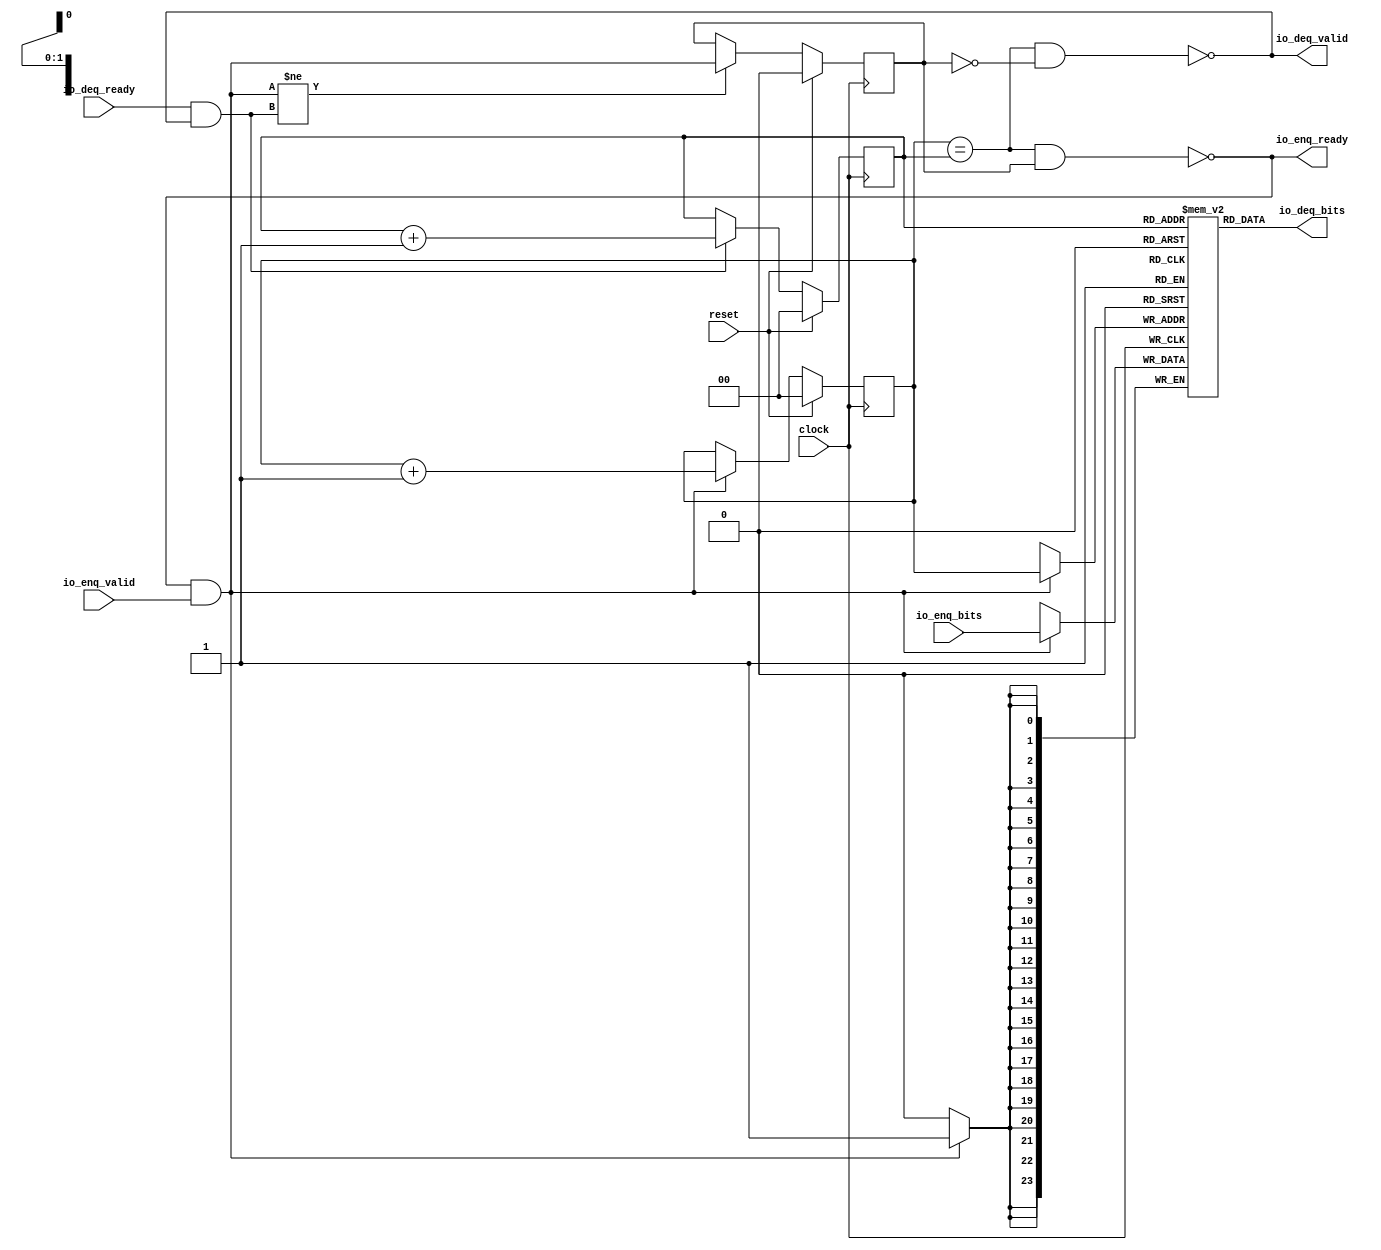
/*
//Copyright 2021 S SIVA PRASAD ssprasad12a@gmail.com

Permission is hereby granted, free of charge, to any person obtaining a copy of this software and associated documentation files (the "Software"), to deal in the Software without restriction, including without limitation the rights to use, copy, modify, merge, publish, distribute, sublicense, and/or sell copies of the Software, and to permit persons to whom the Software is furnished to do so, subject to the following conditions:

The above copyright notice and this permission notice shall be included in all copies or substantial portions of the Software.

THE SOFTWARE IS PROVIDED "AS IS", WITHOUT WARRANTY OF ANY KIND, EXPRESS OR IMPLIED, INCLUDING BUT NOT LIMITED TO THE WARRANTIES OF MERCHANTABILITY, FITNESS FOR A PARTICULAR PURPOSE AND NONINFRINGEMENT. IN NO EVENT SHALL THE AUTHORS OR COPYRIGHT HOLDERS BE LIABLE FOR ANY CLAIM, DAMAGES OR OTHER LIABILITY, WHETHER IN AN ACTION OF CONTRACT, TORT OR OTHERWISE, ARISING FROM, OUT OF OR IN CONNECTION WITH THE SOFTWARE OR THE USE OR OTHER DEALINGS IN THE SOFTWARE.

*/

module Queue_led( // @[:@3.2]
  input         clock, // @[:@4.4]
  input         reset, // @[:@5.4]
  output        io_enq_ready, // @[:@6.4]
  input         io_enq_valid, // @[:@6.4]
  input  [23:0] io_enq_bits, // @[:@6.4]
  input         io_deq_ready, // @[:@6.4]
  output        io_deq_valid, // @[:@6.4]
  output [23:0] io_deq_bits // @[:@6.4]
);
  reg [23:0] ram [0:3]; // @[Decoupled.scala 214:24:@8.4]
  reg [31:0] _RAND_0;
  wire [23:0] ram__T_63_data; // @[Decoupled.scala 214:24:@8.4]
  wire [1:0] ram__T_63_addr; // @[Decoupled.scala 214:24:@8.4]
  wire [23:0] ram__T_49_data; // @[Decoupled.scala 214:24:@8.4]
  wire [1:0] ram__T_49_addr; // @[Decoupled.scala 214:24:@8.4]
  wire  ram__T_49_mask; // @[Decoupled.scala 214:24:@8.4]
  wire  ram__T_49_en; // @[Decoupled.scala 214:24:@8.4]
  reg [1:0] value; // @[Counter.scala 26:33:@9.4]
  reg [31:0] _RAND_1;
  reg [1:0] value_1; // @[Counter.scala 26:33:@10.4]
  reg [31:0] _RAND_2;
  reg  maybe_full; // @[Decoupled.scala 217:35:@11.4]
  reg [31:0] _RAND_3;
  wire  _T_41; // @[Decoupled.scala 219:41:@12.4]
  wire  _T_43; // @[Decoupled.scala 220:36:@13.4]
  wire  empty; // @[Decoupled.scala 220:33:@14.4]
  wire  _T_44; // @[Decoupled.scala 221:32:@15.4]
  wire  do_enq; // @[Decoupled.scala 37:37:@16.4]
  wire  do_deq; // @[Decoupled.scala 37:37:@19.4]
  wire [2:0] _T_52; // @[Counter.scala 35:22:@26.6]
  wire [1:0] _T_53; // @[Counter.scala 35:22:@27.6]
  wire [1:0] _GEN_5; // @[Decoupled.scala 225:17:@22.4]
  wire [2:0] _T_56; // @[Counter.scala 35:22:@32.6]
  wire [1:0] _T_57; // @[Counter.scala 35:22:@33.6]
  wire [1:0] _GEN_6; // @[Decoupled.scala 229:17:@30.4]
  wire  _T_58; // @[Decoupled.scala 232:16:@36.4]
  wire  _GEN_7; // @[Decoupled.scala 232:28:@37.4]
  assign ram__T_63_addr = value_1;
  assign ram__T_63_data = ram[ram__T_63_addr]; // @[Decoupled.scala 214:24:@8.4]
  assign ram__T_49_data = io_enq_bits;
  assign ram__T_49_addr = value;
  assign ram__T_49_mask = 1'h1;
  assign ram__T_49_en = io_enq_ready & io_enq_valid;
  assign _T_41 = value == value_1; // @[Decoupled.scala 219:41:@12.4]
  assign _T_43 = maybe_full == 1'h0; // @[Decoupled.scala 220:36:@13.4]
  assign empty = _T_41 & _T_43; // @[Decoupled.scala 220:33:@14.4]
  assign _T_44 = _T_41 & maybe_full; // @[Decoupled.scala 221:32:@15.4]
  assign do_enq = io_enq_ready & io_enq_valid; // @[Decoupled.scala 37:37:@16.4]
  assign do_deq = io_deq_ready & io_deq_valid; // @[Decoupled.scala 37:37:@19.4]
  assign _T_52 = value + 2'h1; // @[Counter.scala 35:22:@26.6]
  assign _T_53 = _T_52[1:0]; // @[Counter.scala 35:22:@27.6]
  assign _GEN_5 = do_enq ? _T_53 : value; // @[Decoupled.scala 225:17:@22.4]
  assign _T_56 = value_1 + 2'h1; // @[Counter.scala 35:22:@32.6]
  assign _T_57 = _T_56[1:0]; // @[Counter.scala 35:22:@33.6]
  assign _GEN_6 = do_deq ? _T_57 : value_1; // @[Decoupled.scala 229:17:@30.4]
  assign _T_58 = do_enq != do_deq; // @[Decoupled.scala 232:16:@36.4]
  assign _GEN_7 = _T_58 ? do_enq : maybe_full; // @[Decoupled.scala 232:28:@37.4]
  assign io_enq_ready = _T_44 == 1'h0; // @[Decoupled.scala 237:16:@43.4]
  assign io_deq_valid = empty == 1'h0; // @[Decoupled.scala 236:16:@41.4]
  assign io_deq_bits = ram__T_63_data; // @[Decoupled.scala 238:15:@45.4]
`ifdef RANDOMIZE_GARBAGE_ASSIGN
`define RANDOMIZE
`endif
`ifdef RANDOMIZE_INVALID_ASSIGN
`define RANDOMIZE
`endif
`ifdef RANDOMIZE_REG_INIT
`define RANDOMIZE
`endif
`ifdef RANDOMIZE_MEM_INIT
`define RANDOMIZE
`endif
`ifndef RANDOM
`define RANDOM $random
`endif
`ifdef RANDOMIZE
  integer initvar;
  initial begin
    `ifdef INIT_RANDOM
      `INIT_RANDOM
    `endif
    `ifndef VERILATOR
      `ifdef RANDOMIZE_DELAY
        #`RANDOMIZE_DELAY begin end
      `else
        #0.002 begin end
      `endif
    `endif
  _RAND_0 = {1{`RANDOM}};
  `ifdef RANDOMIZE_MEM_INIT
  for (initvar = 0; initvar < 4; initvar = initvar+1)
    ram[initvar] = _RAND_0[23:0];
  `endif // RANDOMIZE_MEM_INIT
  `ifdef RANDOMIZE_REG_INIT
  _RAND_1 = {1{`RANDOM}};
  value = _RAND_1[1:0];
  `endif // RANDOMIZE_REG_INIT
  `ifdef RANDOMIZE_REG_INIT
  _RAND_2 = {1{`RANDOM}};
  value_1 = _RAND_2[1:0];
  `endif // RANDOMIZE_REG_INIT
  `ifdef RANDOMIZE_REG_INIT
  _RAND_3 = {1{`RANDOM}};
  maybe_full = _RAND_3[0:0];
  `endif // RANDOMIZE_REG_INIT
  end
`endif // RANDOMIZE
  always @(posedge clock) begin
    if(ram__T_49_en & ram__T_49_mask) begin
      ram[ram__T_49_addr] <= ram__T_49_data; // @[Decoupled.scala 214:24:@8.4]
    end
    if (reset) begin
      value <= 2'h0;
    end else begin
      if (do_enq) begin
        value <= _T_53;
      end
    end
    if (reset) begin
      value_1 <= 2'h0;
    end else begin
      if (do_deq) begin
        value_1 <= _T_57;
      end
    end
    if (reset) begin
      maybe_full <= 1'h0;
    end else begin
      if (_T_58) begin
        maybe_full <= do_enq;
      end
    end
  end
endmodule
module QueueModuleled( // @[:@53.2]
  input         clock, // @[:@54.4]
  input         reset, // @[:@55.4]
  output        io_i_ready, // @[:@56.4]
  input         io_i_valid, // @[:@56.4]
  input  [23:0] io_i_bits, // @[:@56.4]
  input         io_o_ready, // @[:@56.4]
  output        io_o_valid, // @[:@56.4]
  output [23:0] io_o_bits // @[:@56.4]
);
  wire  qa_clock; // @[Decoupled.scala 293:21:@58.4]
  wire  qa_reset; // @[Decoupled.scala 293:21:@58.4]
  wire  qa_io_enq_ready; // @[Decoupled.scala 293:21:@58.4]
  wire  qa_io_enq_valid; // @[Decoupled.scala 293:21:@58.4]
  wire [23:0] qa_io_enq_bits; // @[Decoupled.scala 293:21:@58.4]
  wire  qa_io_deq_ready; // @[Decoupled.scala 293:21:@58.4]
  wire  qa_io_deq_valid; // @[Decoupled.scala 293:21:@58.4]
  wire [23:0] qa_io_deq_bits; // @[Decoupled.scala 293:21:@58.4]
  Queue_led qa ( // @[Decoupled.scala 293:21:@58.4]
    .clock(qa_clock),
    .reset(qa_reset),
    .io_enq_ready(qa_io_enq_ready),
    .io_enq_valid(qa_io_enq_valid),
    .io_enq_bits(qa_io_enq_bits),
    .io_deq_ready(qa_io_deq_ready),
    .io_deq_valid(qa_io_deq_valid),
    .io_deq_bits(qa_io_deq_bits)
  );
  assign io_i_ready = qa_io_enq_ready; // @[Decoupled.scala 296:17:@63.4]
  assign io_o_valid = qa_io_deq_valid; // @[queue.scala 17:15:@64.4]
  assign io_o_bits = qa_io_deq_bits; // @[queue.scala 18:15:@65.4]
  assign qa_clock = clock; // @[:@59.4]
  assign qa_reset = reset; // @[:@60.4]
  assign qa_io_enq_valid = io_i_valid; // @[Decoupled.scala 294:22:@61.4]
  assign qa_io_enq_bits = io_i_bits; // @[Decoupled.scala 295:21:@62.4]
  assign qa_io_deq_ready = io_o_ready; // @[queue.scala 19:15:@66.4]
endmodule
module apbled( // @[:@68.2]
  input         clock, // @[:@69.4]
  input         reset, // @[:@70.4]
  input         io_PCLK, // @[:@71.4]
  input         io_PRESETn, // @[:@71.4]
  input  [7:0]  io_PADDR, // @[:@71.4]
  input         io_PPROT, // @[:@71.4]
  input         io_PSEL, // @[:@71.4]
  input         io_PENABLE, // @[:@71.4]
  input         io_PWRITE, // @[:@71.4]
  input  [31:0] io_PWDATA, // @[:@71.4]
  input  [3:0]  io_PSTRB, // @[:@71.4]
  output        io_PREADY, // @[:@71.4]
  output [31:0] io_PRDATA, // @[:@71.4]
  output        io_PSLVERR, // @[:@71.4]
  output        io_LEDOUT // @[:@71.4]
);
  wire  QueueModuleled_clock; // @[led.scala 43:21:@83.4]
  wire  QueueModuleled_reset; // @[led.scala 43:21:@83.4]
  wire  QueueModuleled_io_i_ready; // @[led.scala 43:21:@83.4]
  wire  QueueModuleled_io_i_valid; // @[led.scala 43:21:@83.4]
  wire [23:0] QueueModuleled_io_i_bits; // @[led.scala 43:21:@83.4]
  wire  QueueModuleled_io_o_ready; // @[led.scala 43:21:@83.4]
  wire  QueueModuleled_io_o_valid; // @[led.scala 43:21:@83.4]
  wire [23:0] QueueModuleled_io_o_bits; // @[led.scala 43:21:@83.4]
  wire  _T_33; // @[led.scala 30:28:@75.4]
  reg  _T_36; // @[led.scala 31:23:@76.4]
  reg [31:0] _RAND_0;
  reg  _T_39; // @[led.scala 32:23:@77.4]
  reg [31:0] _RAND_1;
  reg [31:0] _T_42; // @[led.scala 33:23:@78.4]
  reg [31:0] _RAND_2;
  reg [1:0] _T_50; // @[led.scala 39:21:@82.4]
  reg [31:0] _RAND_3;
  reg [23:0] _T_53; // @[led.scala 45:27:@86.4]
  reg [31:0] _RAND_4;
  reg  _T_56; // @[led.scala 46:27:@87.4]
  reg [31:0] _RAND_5;
  reg  _T_59; // @[led.scala 47:27:@88.4]
  reg [31:0] _RAND_6;
  reg [23:0] _T_62; // @[led.scala 53:21:@92.4]
  reg [31:0] _RAND_7;
  reg [4:0] _T_65; // @[led.scala 55:25:@93.4]
  reg [31:0] _RAND_8;
  reg [7:0] _T_68; // @[led.scala 57:18:@94.4]
  reg [31:0] _RAND_9;
  reg [7:0] _T_71; // @[led.scala 58:18:@95.4]
  reg [31:0] _RAND_10;
  reg [7:0] _T_74; // @[led.scala 59:18:@96.4]
  reg [31:0] _RAND_11;
  reg [7:0] _T_77; // @[led.scala 60:18:@97.4]
  reg [31:0] _RAND_12;
  reg [7:0] _T_80; // @[led.scala 62:23:@98.4]
  reg [31:0] _RAND_13;
  reg [7:0] _T_83; // @[led.scala 63:20:@99.4]
  reg [31:0] _RAND_14;
  wire [8:0] _T_84; // @[led.scala 64:18:@100.4]
  wire [7:0] _T_85; // @[led.scala 64:18:@101.4]
  wire [8:0] _T_86; // @[led.scala 65:18:@102.4]
  wire [7:0] _T_87; // @[led.scala 65:18:@103.4]
  wire  _T_88; // @[led.scala 69:15:@104.4]
  wire  _T_89; // @[led.scala 69:28:@105.4]
  wire  _T_98; // @[led.scala 69:60:@107.4]
  wire  _T_99; // @[led.scala 69:42:@108.4]
  wire [23:0] _T_100; // @[led.scala 70:28:@110.6]
  wire [23:0] _GEN_0; // @[led.scala 69:86:@109.4]
  wire  _T_107; // @[led.scala 77:60:@121.4]
  wire  _T_108; // @[led.scala 77:42:@122.4]
  wire [7:0] _T_109; // @[led.scala 78:25:@124.6]
  wire [7:0] _GEN_2; // @[led.scala 77:87:@123.4]
  wire  _T_113; // @[led.scala 81:60:@130.4]
  wire  _T_114; // @[led.scala 81:42:@131.4]
  wire [7:0] _GEN_3; // @[led.scala 81:87:@132.4]
  wire  _T_119; // @[led.scala 85:60:@139.4]
  wire  _T_120; // @[led.scala 85:42:@140.4]
  wire [7:0] _GEN_4; // @[led.scala 85:87:@141.4]
  wire  _T_125; // @[led.scala 89:60:@148.4]
  wire  _T_126; // @[led.scala 89:42:@149.4]
  wire [7:0] _GEN_5; // @[led.scala 89:87:@150.4]
  wire  _T_129; // @[led.scala 94:19:@154.4]
  wire  _T_130; // @[led.scala 94:16:@155.4]
  wire  _T_132; // @[led.scala 94:33:@156.4]
  wire  _T_133; // @[led.scala 94:30:@157.4]
  wire  _T_135; // @[led.scala 94:63:@159.4]
  wire  _T_136; // @[led.scala 94:45:@160.4]
  wire  _T_139; // @[led.scala 95:32:@162.6]
  wire  _T_141; // @[led.scala 95:52:@163.6]
  wire [30:0] _T_142; // @[Cat.scala 30:58:@164.6]
  wire [31:0] _T_143; // @[Cat.scala 30:58:@165.6]
  wire [31:0] _GEN_6; // @[led.scala 94:89:@161.4]
  wire  _T_147; // @[led.scala 98:28:@170.4]
  wire  _T_149; // @[led.scala 98:61:@172.4]
  wire  _T_150; // @[led.scala 98:43:@173.4]
  wire  _T_151; // @[led.scala 99:26:@175.6]
  wire  _GEN_7; // @[led.scala 98:91:@174.4]
  wire  _T_152; // @[Conditional.scala 37:30:@178.4]
  wire [1:0] _T_153; // @[led.scala 106:24:@180.6]
  wire  _T_156; // @[Conditional.scala 37:30:@186.6]
  wire  _T_159; // @[led.scala 114:24:@188.8]
  wire  _T_161; // @[Conditional.scala 37:30:@195.8]
  wire  _T_164; // @[led.scala 127:34:@200.10]
  wire [7:0] _T_165; // @[led.scala 127:27:@201.10]
  wire  _T_166; // @[Conditional.scala 37:30:@205.10]
  wire  _T_169; // @[led.scala 137:33:@210.12]
  wire [24:0] _GEN_35; // @[led.scala 137:53:@211.12]
  wire [24:0] _T_170; // @[led.scala 137:53:@211.12]
  wire [24:0] _T_171; // @[led.scala 137:26:@212.12]
  wire [8:0] _T_175; // @[led.scala 138:62:@215.12]
  wire [7:0] _T_176; // @[led.scala 138:62:@216.12]
  wire [7:0] _T_177; // @[led.scala 138:26:@217.12]
  wire  _T_180; // @[led.scala 139:61:@220.12]
  wire [5:0] _T_183; // @[led.scala 139:85:@221.12]
  wire [4:0] _T_184; // @[led.scala 139:85:@222.12]
  wire [4:0] _T_185; // @[led.scala 139:49:@223.12]
  wire [4:0] _T_186; // @[led.scala 139:26:@224.12]
  wire [1:0] _T_190; // @[led.scala 140:49:@228.12]
  wire [1:0] _T_191; // @[led.scala 140:26:@229.12]
  wire  _T_193; // @[led.scala 144:33:@232.12]
  wire  _T_197; // @[led.scala 146:33:@234.12]
  wire  _T_201; // @[led.scala 143:26:@236.12]
  wire [7:0] _GEN_8; // @[Conditional.scala 39:67:@206.10]
  wire [24:0] _GEN_9; // @[Conditional.scala 39:67:@206.10]
  wire [7:0] _GEN_10; // @[Conditional.scala 39:67:@206.10]
  wire [4:0] _GEN_11; // @[Conditional.scala 39:67:@206.10]
  wire [1:0] _GEN_12; // @[Conditional.scala 39:67:@206.10]
  wire  _GEN_13; // @[Conditional.scala 39:67:@206.10]
  wire  _GEN_14; // @[Conditional.scala 39:67:@196.8]
  wire  _GEN_15; // @[Conditional.scala 39:67:@196.8]
  wire [1:0] _GEN_16; // @[Conditional.scala 39:67:@196.8]
  wire [7:0] _GEN_17; // @[Conditional.scala 39:67:@196.8]
  wire [24:0] _GEN_18; // @[Conditional.scala 39:67:@196.8]
  wire [7:0] _GEN_19; // @[Conditional.scala 39:67:@196.8]
  wire [4:0] _GEN_20; // @[Conditional.scala 39:67:@196.8]
  wire  _GEN_21; // @[Conditional.scala 39:67:@187.6]
  wire  _GEN_22; // @[Conditional.scala 39:67:@187.6]
  wire [24:0] _GEN_23; // @[Conditional.scala 39:67:@187.6]
  wire [1:0] _GEN_24; // @[Conditional.scala 39:67:@187.6]
  wire [7:0] _GEN_25; // @[Conditional.scala 39:67:@187.6]
  wire [7:0] _GEN_26; // @[Conditional.scala 39:67:@187.6]
  wire [4:0] _GEN_27; // @[Conditional.scala 39:67:@187.6]
  wire [1:0] _GEN_28; // @[Conditional.scala 40:58:@179.4]
  wire  _GEN_29; // @[Conditional.scala 40:58:@179.4]
  wire  _GEN_30; // @[Conditional.scala 40:58:@179.4]
  wire [24:0] _GEN_31; // @[Conditional.scala 40:58:@179.4]
  wire [7:0] _GEN_32; // @[Conditional.scala 40:58:@179.4]
  wire [7:0] _GEN_33; // @[Conditional.scala 40:58:@179.4]
  wire [4:0] _GEN_34; // @[Conditional.scala 40:58:@179.4]
  QueueModuleled QueueModuleled ( // @[led.scala 43:21:@83.4]
    .clock(QueueModuleled_clock),
    .reset(QueueModuleled_reset),
    .io_i_ready(QueueModuleled_io_i_ready),
    .io_i_valid(QueueModuleled_io_i_valid),
    .io_i_bits(QueueModuleled_io_i_bits),
    .io_o_ready(QueueModuleled_io_o_ready),
    .io_o_valid(QueueModuleled_io_o_valid),
    .io_o_bits(QueueModuleled_io_o_bits)
  );
  assign _T_33 = ~ io_PRESETn; // @[led.scala 30:28:@75.4]
  assign _T_84 = _T_68 + _T_71; // @[led.scala 64:18:@100.4]
  assign _T_85 = _T_84[7:0]; // @[led.scala 64:18:@101.4]
  assign _T_86 = _T_74 + _T_77; // @[led.scala 65:18:@102.4]
  assign _T_87 = _T_86[7:0]; // @[led.scala 65:18:@103.4]
  assign _T_88 = io_PSEL & io_PWRITE; // @[led.scala 69:15:@104.4]
  assign _T_89 = _T_88 & io_PENABLE; // @[led.scala 69:28:@105.4]
  assign _T_98 = io_PADDR == 8'h0; // @[led.scala 69:60:@107.4]
  assign _T_99 = _T_89 & _T_98; // @[led.scala 69:42:@108.4]
  assign _T_100 = io_PWDATA[23:0]; // @[led.scala 70:28:@110.6]
  assign _GEN_0 = _T_99 ? _T_100 : 24'h0; // @[led.scala 69:86:@109.4]
  assign _T_107 = io_PADDR == 8'h8; // @[led.scala 77:60:@121.4]
  assign _T_108 = _T_89 & _T_107; // @[led.scala 77:42:@122.4]
  assign _T_109 = io_PWDATA[7:0]; // @[led.scala 78:25:@124.6]
  assign _GEN_2 = _T_108 ? _T_109 : _T_68; // @[led.scala 77:87:@123.4]
  assign _T_113 = io_PADDR == 8'hc; // @[led.scala 81:60:@130.4]
  assign _T_114 = _T_89 & _T_113; // @[led.scala 81:42:@131.4]
  assign _GEN_3 = _T_114 ? _T_109 : _T_71; // @[led.scala 81:87:@132.4]
  assign _T_119 = io_PADDR == 8'h10; // @[led.scala 85:60:@139.4]
  assign _T_120 = _T_89 & _T_119; // @[led.scala 85:42:@140.4]
  assign _GEN_4 = _T_120 ? _T_109 : _T_74; // @[led.scala 85:87:@141.4]
  assign _T_125 = io_PADDR == 8'h14; // @[led.scala 89:60:@148.4]
  assign _T_126 = _T_89 & _T_125; // @[led.scala 89:42:@149.4]
  assign _GEN_5 = _T_126 ? _T_109 : _T_77; // @[led.scala 89:87:@150.4]
  assign _T_129 = io_PWRITE == 1'h0; // @[led.scala 94:19:@154.4]
  assign _T_130 = io_PSEL & _T_129; // @[led.scala 94:16:@155.4]
  assign _T_132 = io_PENABLE == 1'h0; // @[led.scala 94:33:@156.4]
  assign _T_133 = _T_130 & _T_132; // @[led.scala 94:30:@157.4]
  assign _T_135 = io_PADDR == 8'h4; // @[led.scala 94:63:@159.4]
  assign _T_136 = _T_133 & _T_135; // @[led.scala 94:45:@160.4]
  assign _T_139 = QueueModuleled_io_o_valid == 1'h0; // @[led.scala 95:32:@162.6]
  assign _T_141 = QueueModuleled_io_i_ready == 1'h0; // @[led.scala 95:52:@163.6]
  assign _T_142 = {30'h0,_T_139}; // @[Cat.scala 30:58:@164.6]
  assign _T_143 = {_T_142,_T_141}; // @[Cat.scala 30:58:@165.6]
  assign _GEN_6 = _T_136 ? _T_143 : _T_42; // @[led.scala 94:89:@161.4]
  assign _T_147 = _T_88 & _T_132; // @[led.scala 98:28:@170.4]
  assign _T_149 = io_PADDR == 8'h20; // @[led.scala 98:61:@172.4]
  assign _T_150 = _T_147 & _T_149; // @[led.scala 98:43:@173.4]
  assign _T_151 = io_PWDATA[0]; // @[led.scala 99:26:@175.6]
  assign _GEN_7 = _T_150 ? _T_151 : _T_39; // @[led.scala 98:91:@174.4]
  assign _T_152 = 2'h0 == _T_50; // @[Conditional.scala 37:30:@178.4]
  assign _T_153 = QueueModuleled_io_o_valid ? 2'h1 : 2'h0; // @[led.scala 106:24:@180.6]
  assign _T_156 = 2'h1 == _T_50; // @[Conditional.scala 37:30:@186.6]
  assign _T_159 = QueueModuleled_io_o_valid; // @[led.scala 114:24:@188.8]
  assign _T_161 = 2'h2 == _T_50; // @[Conditional.scala 37:30:@195.8]
  assign _T_164 = _T_62[23]; // @[led.scala 127:34:@200.10]
  assign _T_165 = _T_164 ? _T_87 : _T_85; // @[led.scala 127:27:@201.10]
  assign _T_166 = 2'h3 == _T_50; // @[Conditional.scala 37:30:@205.10]
  assign _T_169 = _T_83 == _T_80; // @[led.scala 137:33:@210.12]
  assign _GEN_35 = {{1'd0}, _T_62}; // @[led.scala 137:53:@211.12]
  assign _T_170 = _GEN_35 << 1; // @[led.scala 137:53:@211.12]
  assign _T_171 = _T_169 ? _T_170 : {{1'd0}, _T_62}; // @[led.scala 137:26:@212.12]
  assign _T_175 = _T_83 + 8'h1; // @[led.scala 138:62:@215.12]
  assign _T_176 = _T_175[7:0]; // @[led.scala 138:62:@216.12]
  assign _T_177 = _T_169 ? 8'h1 : _T_176; // @[led.scala 138:26:@217.12]
  assign _T_180 = _T_65 == 5'h17; // @[led.scala 139:61:@220.12]
  assign _T_183 = _T_65 + 5'h1; // @[led.scala 139:85:@221.12]
  assign _T_184 = _T_183[4:0]; // @[led.scala 139:85:@222.12]
  assign _T_185 = _T_180 ? 5'h0 : _T_184; // @[led.scala 139:49:@223.12]
  assign _T_186 = _T_169 ? _T_185 : _T_65; // @[led.scala 139:26:@224.12]
  assign _T_190 = _T_180 ? 2'h0 : 2'h3; // @[led.scala 140:49:@228.12]
  assign _T_191 = _T_169 ? _T_190 : _T_50; // @[led.scala 140:26:@229.12]
  assign _T_193 = _T_83 <= _T_74; // @[led.scala 144:33:@232.12]
  assign _T_197 = _T_83 <= _T_68; // @[led.scala 146:33:@234.12]
  assign _T_201 = _T_164 ? _T_193 : _T_197; // @[led.scala 143:26:@236.12]
  assign _GEN_8 = _T_166 ? _T_165 : _T_80; // @[Conditional.scala 39:67:@206.10]
  assign _GEN_9 = _T_166 ? _T_171 : {{1'd0}, _T_62}; // @[Conditional.scala 39:67:@206.10]
  assign _GEN_10 = _T_166 ? _T_177 : _T_83; // @[Conditional.scala 39:67:@206.10]
  assign _GEN_11 = _T_166 ? _T_186 : _T_65; // @[Conditional.scala 39:67:@206.10]
  assign _GEN_12 = _T_166 ? _T_191 : _T_50; // @[Conditional.scala 39:67:@206.10]
  assign _GEN_13 = _T_166 ? _T_201 : _T_36; // @[Conditional.scala 39:67:@206.10]
  assign _GEN_14 = _T_161 ? 1'h0 : _T_59; // @[Conditional.scala 39:67:@196.8]
  assign _GEN_15 = _T_161 ? 1'h0 : _GEN_13; // @[Conditional.scala 39:67:@196.8]
  assign _GEN_16 = _T_161 ? 2'h3 : _GEN_12; // @[Conditional.scala 39:67:@196.8]
  assign _GEN_17 = _T_161 ? _T_165 : _GEN_8; // @[Conditional.scala 39:67:@196.8]
  assign _GEN_18 = _T_161 ? {{1'd0}, _T_62} : _GEN_9; // @[Conditional.scala 39:67:@196.8]
  assign _GEN_19 = _T_161 ? _T_83 : _GEN_10; // @[Conditional.scala 39:67:@196.8]
  assign _GEN_20 = _T_161 ? _T_65 : _GEN_11; // @[Conditional.scala 39:67:@196.8]
  assign _GEN_21 = _T_156 ? _T_159 : _GEN_14; // @[Conditional.scala 39:67:@187.6]
  assign _GEN_22 = _T_156 ? 1'h0 : _GEN_15; // @[Conditional.scala 39:67:@187.6]
  assign _GEN_23 = _T_156 ? {{1'd0}, QueueModuleled_io_o_bits} : _GEN_18; // @[Conditional.scala 39:67:@187.6]
  assign _GEN_24 = _T_156 ? 2'h2 : _GEN_16; // @[Conditional.scala 39:67:@187.6]
  assign _GEN_25 = _T_156 ? _T_80 : _GEN_17; // @[Conditional.scala 39:67:@187.6]
  assign _GEN_26 = _T_156 ? _T_83 : _GEN_19; // @[Conditional.scala 39:67:@187.6]
  assign _GEN_27 = _T_156 ? _T_65 : _GEN_20; // @[Conditional.scala 39:67:@187.6]
  assign _GEN_28 = _T_152 ? _T_153 : _GEN_24; // @[Conditional.scala 40:58:@179.4]
  assign _GEN_29 = _T_152 ? 1'h0 : _GEN_22; // @[Conditional.scala 40:58:@179.4]
  assign _GEN_30 = _T_152 ? 1'h0 : _GEN_21; // @[Conditional.scala 40:58:@179.4]
  assign _GEN_31 = _T_152 ? {{1'd0}, _T_62} : _GEN_23; // @[Conditional.scala 40:58:@179.4]
  assign _GEN_32 = _T_152 ? _T_80 : _GEN_25; // @[Conditional.scala 40:58:@179.4]
  assign _GEN_33 = _T_152 ? _T_83 : _GEN_26; // @[Conditional.scala 40:58:@179.4]
  assign _GEN_34 = _T_152 ? _T_65 : _GEN_27; // @[Conditional.scala 40:58:@179.4]
  assign io_PREADY = 1'h1; // @[led.scala 27:12:@73.4]
  assign io_PRDATA = _T_42; // @[led.scala 34:14:@79.4]
  assign io_PSLVERR = 1'h0; // @[led.scala 28:12:@74.4]
  assign io_LEDOUT = _T_39 ? 1'h0 : _T_36; // @[led.scala 35:14:@81.4]
  assign QueueModuleled_clock = io_PCLK; // @[:@84.4]
  assign QueueModuleled_reset = ~ io_PRESETn; // @[:@85.4]
  assign QueueModuleled_io_i_valid = _T_56; // @[led.scala 49:20:@89.4]
  assign QueueModuleled_io_i_bits = _T_53; // @[led.scala 50:20:@90.4]
  assign QueueModuleled_io_o_ready = _T_59; // @[led.scala 51:20:@91.4]
`ifdef RANDOMIZE_GARBAGE_ASSIGN
`define RANDOMIZE
`endif
`ifdef RANDOMIZE_INVALID_ASSIGN
`define RANDOMIZE
`endif
`ifdef RANDOMIZE_REG_INIT
`define RANDOMIZE
`endif
`ifdef RANDOMIZE_MEM_INIT
`define RANDOMIZE
`endif
`ifndef RANDOM
`define RANDOM $random
`endif
`ifdef RANDOMIZE
  integer initvar;
  initial begin
    `ifdef INIT_RANDOM
      `INIT_RANDOM
    `endif
    `ifndef VERILATOR
      `ifdef RANDOMIZE_DELAY
        #`RANDOMIZE_DELAY begin end
      `else
        #0.002 begin end
      `endif
    `endif
  `ifdef RANDOMIZE_REG_INIT
  _RAND_0 = {1{`RANDOM}};
  _T_36 = _RAND_0[0:0];
  `endif // RANDOMIZE_REG_INIT
  `ifdef RANDOMIZE_REG_INIT
  _RAND_1 = {1{`RANDOM}};
  _T_39 = _RAND_1[0:0];
  `endif // RANDOMIZE_REG_INIT
  `ifdef RANDOMIZE_REG_INIT
  _RAND_2 = {1{`RANDOM}};
  _T_42 = _RAND_2[31:0];
  `endif // RANDOMIZE_REG_INIT
  `ifdef RANDOMIZE_REG_INIT
  _RAND_3 = {1{`RANDOM}};
  _T_50 = _RAND_3[1:0];
  `endif // RANDOMIZE_REG_INIT
  `ifdef RANDOMIZE_REG_INIT
  _RAND_4 = {1{`RANDOM}};
  _T_53 = _RAND_4[23:0];
  `endif // RANDOMIZE_REG_INIT
  `ifdef RANDOMIZE_REG_INIT
  _RAND_5 = {1{`RANDOM}};
  _T_56 = _RAND_5[0:0];
  `endif // RANDOMIZE_REG_INIT
  `ifdef RANDOMIZE_REG_INIT
  _RAND_6 = {1{`RANDOM}};
  _T_59 = _RAND_6[0:0];
  `endif // RANDOMIZE_REG_INIT
  `ifdef RANDOMIZE_REG_INIT
  _RAND_7 = {1{`RANDOM}};
  _T_62 = _RAND_7[23:0];
  `endif // RANDOMIZE_REG_INIT
  `ifdef RANDOMIZE_REG_INIT
  _RAND_8 = {1{`RANDOM}};
  _T_65 = _RAND_8[4:0];
  `endif // RANDOMIZE_REG_INIT
  `ifdef RANDOMIZE_REG_INIT
  _RAND_9 = {1{`RANDOM}};
  _T_68 = _RAND_9[7:0];
  `endif // RANDOMIZE_REG_INIT
  `ifdef RANDOMIZE_REG_INIT
  _RAND_10 = {1{`RANDOM}};
  _T_71 = _RAND_10[7:0];
  `endif // RANDOMIZE_REG_INIT
  `ifdef RANDOMIZE_REG_INIT
  _RAND_11 = {1{`RANDOM}};
  _T_74 = _RAND_11[7:0];
  `endif // RANDOMIZE_REG_INIT
  `ifdef RANDOMIZE_REG_INIT
  _RAND_12 = {1{`RANDOM}};
  _T_77 = _RAND_12[7:0];
  `endif // RANDOMIZE_REG_INIT
  `ifdef RANDOMIZE_REG_INIT
  _RAND_13 = {1{`RANDOM}};
  _T_80 = _RAND_13[7:0];
  `endif // RANDOMIZE_REG_INIT
  `ifdef RANDOMIZE_REG_INIT
  _RAND_14 = {1{`RANDOM}};
  _T_83 = _RAND_14[7:0];
  `endif // RANDOMIZE_REG_INIT
  end
`endif // RANDOMIZE
  always @(posedge io_PCLK) begin
    if (_T_33) begin
      _T_36 <= 1'h1;
    end else begin
      if (_T_152) begin
        _T_36 <= 1'h0;
      end else begin
        if (_T_156) begin
          _T_36 <= 1'h0;
        end else begin
          if (_T_161) begin
            _T_36 <= 1'h0;
          end else begin
            if (_T_166) begin
              if (_T_164) begin
                _T_36 <= _T_193;
              end else begin
                _T_36 <= _T_197;
              end
            end
          end
        end
      end
    end
    if (_T_33) begin
      _T_39 <= 1'h0;
    end else begin
      if (_T_150) begin
        _T_39 <= _T_151;
      end
    end
    if (_T_33) begin
      _T_42 <= 32'h0;
    end else begin
      if (_T_136) begin
        _T_42 <= _T_143;
      end
    end
    if (_T_33) begin
      _T_50 <= 2'h0;
    end else begin
      if (_T_152) begin
        if (QueueModuleled_io_o_valid) begin
          _T_50 <= 2'h1;
        end else begin
          _T_50 <= 2'h0;
        end
      end else begin
        if (_T_156) begin
          _T_50 <= 2'h2;
        end else begin
          if (_T_161) begin
            _T_50 <= 2'h3;
          end else begin
            if (_T_166) begin
              if (_T_169) begin
                if (_T_180) begin
                  _T_50 <= 2'h0;
                end else begin
                  _T_50 <= 2'h3;
                end
              end
            end
          end
        end
      end
    end
    if (_T_33) begin
      _T_53 <= 24'h0;
    end else begin
      if (_T_99) begin
        _T_53 <= _T_100;
      end else begin
        _T_53 <= 24'h0;
      end
    end
    if (_T_33) begin
      _T_56 <= 1'h0;
    end else begin
      _T_56 <= _T_99;
    end
    if (_T_33) begin
      _T_59 <= 1'h0;
    end else begin
      if (_T_152) begin
        _T_59 <= 1'h0;
      end else begin
        if (_T_156) begin
          _T_59 <= _T_159;
        end else begin
          if (_T_161) begin
            _T_59 <= 1'h0;
          end
        end
      end
    end
    if (_T_33) begin
      _T_62 <= 24'h0;
    end else begin
      _T_62 <= _GEN_31[23:0];
    end
    if (_T_33) begin
      _T_65 <= 5'h0;
    end else begin
      if (!(_T_152)) begin
        if (!(_T_156)) begin
          if (!(_T_161)) begin
            if (_T_166) begin
              if (_T_169) begin
                if (_T_180) begin
                  _T_65 <= 5'h0;
                end else begin
                  _T_65 <= _T_184;
                end
              end
            end
          end
        end
      end
    end
    if (_T_33) begin
      _T_68 <= 8'h4;
    end else begin
      if (_T_108) begin
        _T_68 <= _T_109;
      end
    end
    if (_T_33) begin
      _T_71 <= 8'h4;
    end else begin
      if (_T_114) begin
        _T_71 <= _T_109;
      end
    end
    if (_T_33) begin
      _T_74 <= 8'h4;
    end else begin
      if (_T_120) begin
        _T_74 <= _T_109;
      end
    end
    if (_T_33) begin
      _T_77 <= 8'h4;
    end else begin
      if (_T_126) begin
        _T_77 <= _T_109;
      end
    end
    if (_T_33) begin
      _T_80 <= 8'h0;
    end else begin
      if (!(_T_152)) begin
        if (!(_T_156)) begin
          if (_T_161) begin
            if (_T_164) begin
              _T_80 <= _T_87;
            end else begin
              _T_80 <= _T_85;
            end
          end else begin
            if (_T_166) begin
              if (_T_164) begin
                _T_80 <= _T_87;
              end else begin
                _T_80 <= _T_85;
              end
            end
          end
        end
      end
    end
    if (_T_33) begin
      _T_83 <= 8'h1;
    end else begin
      if (!(_T_152)) begin
        if (!(_T_156)) begin
          if (!(_T_161)) begin
            if (_T_166) begin
              if (_T_169) begin
                _T_83 <= 8'h1;
              end else begin
                _T_83 <= _T_176;
              end
            end
          end
        end
      end
    end
  end
endmodule